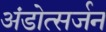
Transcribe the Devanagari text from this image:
अंडोत्सर्जन